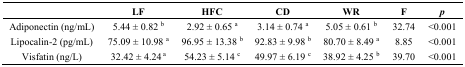
<table><thead><tr><td></td><td><b>LF</b></td><td><b>HFC</b></td><td><b>CD</b></td><td><b>WR</b></td><td><b>F</b></td><td><b><i>p</i></b></td></tr></thead><tbody><tr><td>Adiponectin (ng/mL)</td><td>5.44 ± 0.82 <sup>b</sup></td><td>2.92 ± 0.65 <sup>a</sup></td><td>3.14 ± 0.74 <sup>a</sup></td><td>5.05 ± 0.61 <sup>b</sup></td><td>32.74</td><td>&lt;0.001</td></tr><tr><td>Lipocalin-2 (pg/mL)</td><td>75.09 ± 10.98 <sup>a</sup></td><td>96.95 ± 13.38 <sup>b</sup></td><td>92.83 ± 9.98 <sup>b</sup></td><td>80.70 ± 8.49 <sup>a</sup></td><td>8.85</td><td>&lt;0.001</td></tr><tr><td>Visfatin (ng/L)</td><td>32.42 ± 4.24<sup> a</sup></td><td>54.23 ± 5.14 <sup>c</sup></td><td>49.97 ± 6.19 <sup>c</sup></td><td>38.92 ± 4.25 <sup>b</sup></td><td>39.70</td><td>&lt;0.001</td></tr></tbody></table>